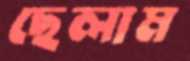
ছেলাম